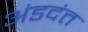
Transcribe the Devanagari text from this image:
अंडदंत